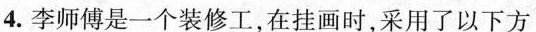
4.李师傅是一个装修工，在挂画时，采用了以下方